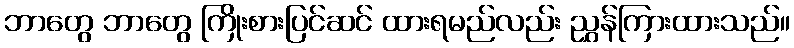
ဘာတွေ ဘာတွေ ကြိုးစားပြင်ဆင် ထားရမည်လည်း ညွှန်ကြားထားသည်။